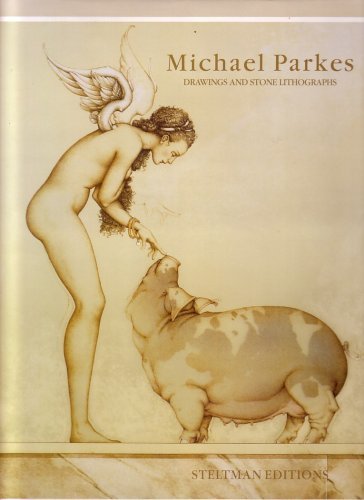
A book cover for Parkes: Drawings and Stone Lithographs; Suzanne Graham; Arts & Photography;